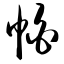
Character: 帕